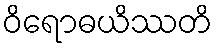
ဝိရောဓယိဿတိ